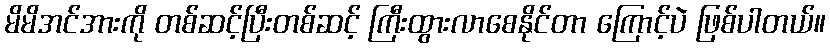
မိမိအင်အားကို တစ်ဆင့်ပြီးတစ်ဆင့် ကြီးထွားလာစေနိုင်တာ ကြောင့်ပဲ ဖြစ်ပါတယ်။